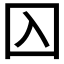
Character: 𡆣